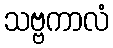
သဗ္ဗကာလံ